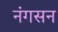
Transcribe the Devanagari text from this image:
नंगसन